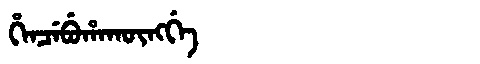
Manchu: ᡥᡝᠨᠴᡝᠪᡠᡥᠠᡴᡡᠩᡤᡝ
Romanization: HENCEBUHAKŪNGGE